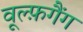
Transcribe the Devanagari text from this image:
वूल्फ़गैंग